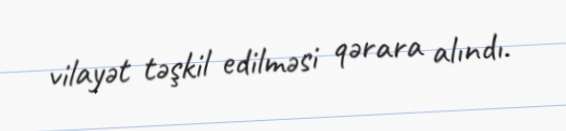
vilayət təşkil edilməsi qərara alındı.